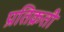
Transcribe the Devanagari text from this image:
प्रतिक्रती